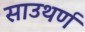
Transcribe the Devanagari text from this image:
साउथर्ण